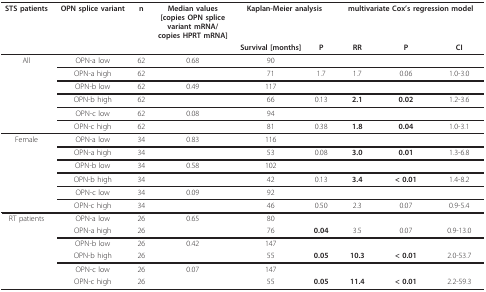
<table><thead><tr><td><b>STS patients</b></td><td><b>OPN splice variant</b></td><td><b>n</b></td><td><b>Median values[copies OPN splicevariant mRNA/copies HPRT mRNA]</b></td><td colspan="2"><b>Kaplan-Meier analysis</b></td><td colspan="3"><b>multivariate Cox&#x27;s regression model</b></td></tr><tr><td></td><td></td><td></td><td></td><td><b>Survival [months]</b></td><td><b>P</b></td><td><b>RR</b></td><td><b>P</b></td><td><b>CI</b></td></tr></thead><tbody><tr><td>All</td><td>OPN-a low</td><td>62</td><td>0.68</td><td>90</td><td></td><td></td><td></td><td></td></tr><tr><td></td><td>OPN-a high</td><td>62</td><td></td><td>71</td><td>1.7</td><td>1.7</td><td>0.06</td><td>1.0-3.0</td></tr><tr><td></td><td>OPN-b low</td><td>62</td><td>0.49</td><td>117</td><td></td><td></td><td></td><td></td></tr><tr><td></td><td>OPN-b high</td><td>62</td><td></td><td>66</td><td>0.13</td><td><b>2.1</b></td><td><b>0.02</b></td><td>1.2-3.6</td></tr><tr><td></td><td>OPN-c low</td><td>62</td><td>0.08</td><td>94</td><td></td><td></td><td></td><td></td></tr><tr><td></td><td>OPN-c high</td><td>62</td><td></td><td>81</td><td>0.38</td><td><b>1.8</b></td><td><b>0.04</b></td><td>1.0-3.1</td></tr><tr><td>Female</td><td>OPN-a low</td><td>34</td><td>0.83</td><td>116</td><td></td><td></td><td></td><td></td></tr><tr><td></td><td>OPN-a high</td><td>34</td><td></td><td>53</td><td>0.08</td><td><b>3.0</b></td><td><b>0.01</b></td><td>1.3-6.8</td></tr><tr><td></td><td>OPN-b low</td><td>34</td><td>0.58</td><td>102</td><td></td><td></td><td></td><td></td></tr><tr><td></td><td>OPN-b high</td><td>34</td><td></td><td>42</td><td>0.13</td><td><b>3.4</b></td><td><b>&lt; 0.01</b></td><td>1.4-8.2</td></tr><tr><td></td><td>OPN-c low</td><td>34</td><td>0.09</td><td>92</td><td></td><td></td><td></td><td></td></tr><tr><td></td><td>OPN-c high</td><td>34</td><td></td><td>46</td><td>0.50</td><td>2.3</td><td>0.07</td><td>0.9-5.4</td></tr><tr><td>RT patients</td><td>OPN-a low</td><td>26</td><td>0.65</td><td>80</td><td></td><td></td><td></td><td></td></tr><tr><td></td><td>OPN-a high</td><td>26</td><td></td><td>76</td><td><b>0.04</b></td><td>3.5</td><td>0.07</td><td>0.9-13.0</td></tr><tr><td></td><td>OPN-b low</td><td>26</td><td>0.42</td><td>147</td><td></td><td></td><td></td><td></td></tr><tr><td></td><td>OPN-b high</td><td>26</td><td></td><td>55</td><td><b>0.05</b></td><td><b>10.3</b></td><td><b>&lt; 0.01</b></td><td>2.0-53.7</td></tr><tr><td></td><td>OPN-c low</td><td>26</td><td>0.07</td><td>147</td><td></td><td></td><td></td><td></td></tr><tr><td></td><td>OPN-c high</td><td>26</td><td></td><td>55</td><td><b>0.05</b></td><td><b>11.4</b></td><td><b>&lt; 0.01</b></td><td>2.2-59.3</td></tr></tbody></table>